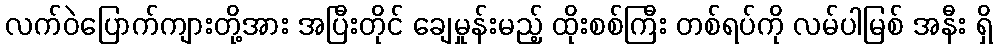
လက်ဝဲပြောက်ကျားတို့အား အပြီးတိုင် ချေမှုန်းမည့် ထိုးစစ်ကြီး တစ်ရပ်ကို လမ်ပါမြစ် အနီး ရှိ